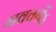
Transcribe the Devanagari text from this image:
नववर्गेऽ